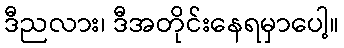
ဒီညလား၊ ဒီအတိုင်းနေရမှာပေါ့။